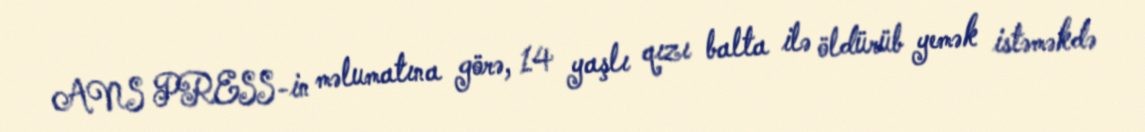
ANS PRESS-in məlumatına görə, 14 yaşlı qızı balta ilə öldürüb yemək istəməkdə